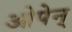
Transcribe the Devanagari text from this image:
ओपेन्